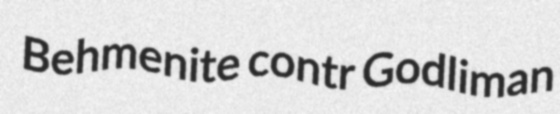
Behmenite contr Godliman